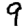
Digit: 9